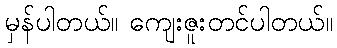
မှန်ပါတယ်။ ကျေးဇူးတင်ပါတယ်။